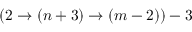
( 2 \rightarrow ( n + 3 ) \rightarrow ( m - 2 ) ) - 3